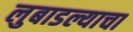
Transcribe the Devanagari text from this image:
लुबाडल्याचा